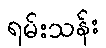
ရမ်းသန်း